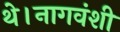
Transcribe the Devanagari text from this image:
थे।नागवंशी